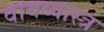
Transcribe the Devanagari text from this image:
वायव्‍यास्‍त्र